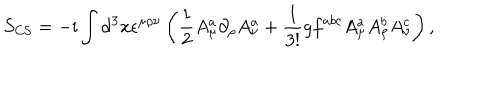
LaTeX: S _ { \mathrm { C S } } = - \mathrm { i } \int \mathrm { d } ^ { 3 } x \epsilon ^ { \mu \rho \nu } \left( \frac { 1 } { 2 } A _ { \mu } ^ { a } \partial _ { \rho } A _ { \nu } ^ { a } + \frac { 1 } { 3 ! } g f ^ { a b c } A _ { \mu } ^ { a } A _ { \rho } ^ { b } A _ { \nu } ^ { c } \right) ,